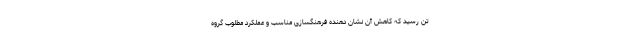
تن رسید که کاهش آن نشان دهنده فرهنگسازی مناسب و عملکرد مطلوب گروه